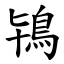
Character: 鴇